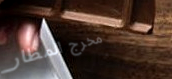
مخرج المطار